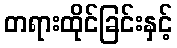
တရားထိုင်ခြင်းနှင့်